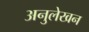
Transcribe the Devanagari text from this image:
अनुलेखन